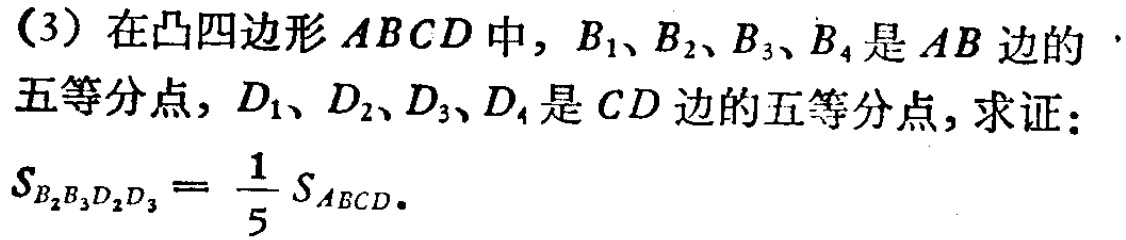
(3) 在凸四边形 \(ABCD\) 中, \(B_1、B_2、B_3、B_4\) 是 \(AB\) 边的五等分点, \(D_1、D_2、D_3、D_4\) 是 \(CD\) 边的五等分点, 求证：
\(S_{B_2B_3D_2D_3}=\frac{1}{5}S_{ABCD}\).